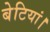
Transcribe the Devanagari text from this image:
बेटियां।